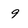
Character: 9